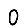
Digit: 0